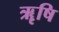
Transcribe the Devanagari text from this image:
ॠृषि